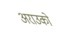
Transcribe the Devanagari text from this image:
अराउको